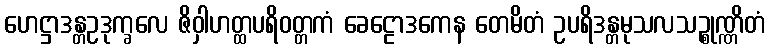
ဟေဋ္ဌာဒန္တဥဒုက္ခလေ ဇိဝှါဟတ္ထပရိဝတ္တကံ ခေဠောဒကေန တေမိတံ ဥပရိဒန္တမုသလသဉ္စုဏ္ဏိတံ